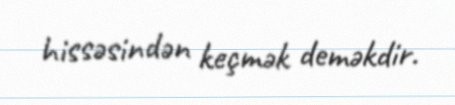
hissəsindən keçmək deməkdir.